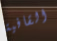
القافية